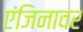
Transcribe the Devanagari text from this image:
एंजिनावर